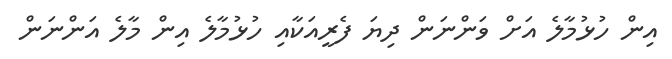
އިން ހުޅުމާލެ އަށް ވަންނަން ދިޔަ ފެރީއަކާއި ހުޅުމާލެ އިން މާލެ އަންނަން